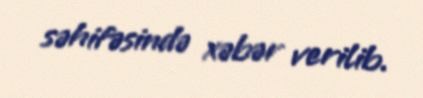
səhifəsində xəbər verilib.